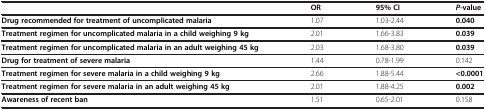
|  | OR | 95% CI | P-value |
 | --- | --- | --- | --- |
 | Drug recommended for treatment of uncomplicated malaria | 1.07 | 1.03-2.44 | 0.040 |
 | Treatment regimen for uncomplicated malaria in a child weighing 9 kg | 2.01 | 1.66-3.83 | 0.039 |
 | Treatment regimen for uncomplicated malaria in an adult weighing 45 kg | 2.03 | 1.68-3.80 | 0.039 |
 | Drug for treatment of severe malaria | 1.44 | 0.78-1.99 | 0.142 |
 | Treatment regimen for severe malaria in a child weighing 9 kg | 2.66 | 1.88-5.44 | <0.0001 |
 | Treatment regimen for severe malaria in an adult weighing 45 kg | 2.01 | 1.88-4.25 | 0.002 |
 | Awareness of recent ban | 1.51 | 0.65-2.01 | 0.158 |